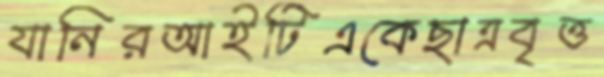
যানিরআইটিএকেছাত্রবৃত্ত